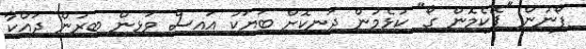
ފޯނުން "ޕޮކެމޮން ގޯ" ކުޅެމުން ދަނިކޮށް ބަޔަކު އައިސް ވަޅިން ބިރުން ދައްކާ